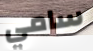
سامي